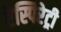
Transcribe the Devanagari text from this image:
रेस्पिरेट्री